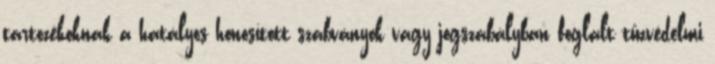
tartozékoknak a hatályos honosított szabványok vagy jogszabályban foglalt tûzvédelmi